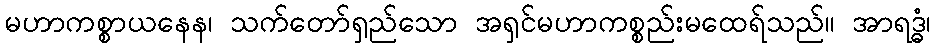
မဟာကစ္စာယနေန၊ သက်တော်ရှည်သော အရှင်မဟာကစ္စည်းမထေရ်သည်။ အာရဒ္ဓံ၊